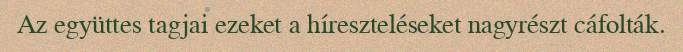
Az együttes tagjai ezeket a híreszteléseket nagyrészt cáfolták.